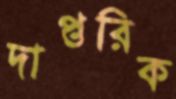
দাপ্তরিক